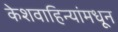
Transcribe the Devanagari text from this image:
केशवाहिन्यांमधून